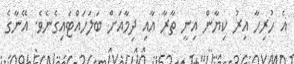
އެ ހުރިހާ އިރު ކިޔާން އިނީ ތާރާ އާއި ދިމާއަށް ބަލަހައްޓައިގެނެވެ. އޭނާގެ